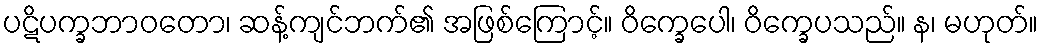
ပဋိပက္ခဘာဝတော၊ ဆန့်ကျင်ဘက်၏ အဖြစ်ကြောင့်။ ဝိက္ခေပေါ၊ ဝိက္ခေပသည်။ န၊ မဟုတ်။